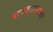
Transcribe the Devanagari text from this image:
पापवासनांचा